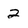
Character: 2